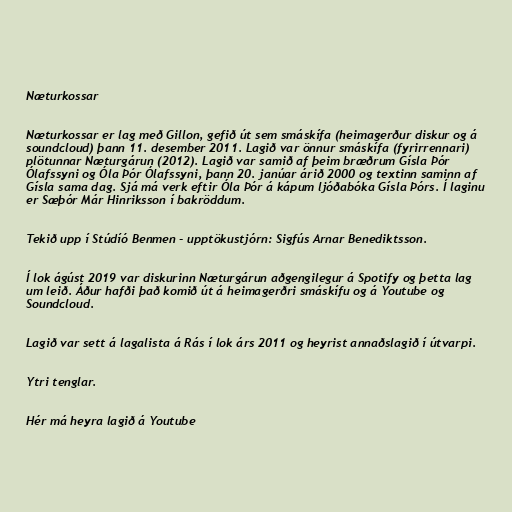
Næturkossar

Næturkossar er lag með Gillon, gefið út sem smáskífa (heimagerður diskur og á
soundcloud) þann 11. desember 2011. Lagið var önnur smáskífa (fyrirrennari)
plötunnar Næturgárun (2012). Lagið var samið af þeim bræðrum Gísla Þór
Ólafssyni og Óla Þór Ólafssyni, þann 20. janúar árið 2000 og textinn saminn af
Gísla sama dag. Sjá má verk eftir Óla Þór á kápum ljóðabóka Gísla Þórs. Í laginu
er Sæþór Már Hinriksson í bakröddum.

Tekið upp í Stúdíó Benmen - upptökustjórn: Sigfús Arnar Benediktsson.

Í lok ágúst 2019 var diskurinn Næturgárun aðgengilegur á Spotify og þetta lag
um leið. Áður hafði það komið út á heimagerðri smáskífu og á Youtube og
Soundcloud.

Lagið var sett á lagalista á Rás í lok árs 2011 og heyrist annaðslagið í útvarpi.

Ytri tenglar.

Hér má heyra lagið á Youtube